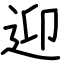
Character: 迎